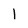
Character: 1